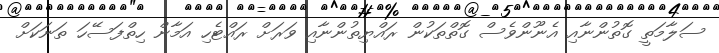
ސަލާމަތީ ގޮތުންނާއި އެނޫންވެސް ގޮތްތަކުން ރައްޔިތުންނާއި ވަރަށް ރައްޓެހި އަމާން ހިތްފަސޭހަ ތަނަކަށް